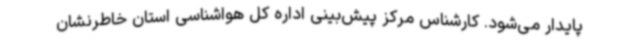
پایدار می‌شود. کارشناس مرکز پیش‌بینی اداره کل هواشناسی استان خاطرنشان